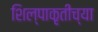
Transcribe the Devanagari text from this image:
शिल्पाकृतीच्या